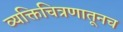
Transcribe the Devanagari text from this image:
व्यक्तिचित्रणातूनच